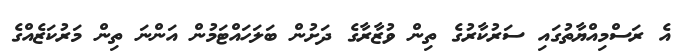
އެ ރަސްމިއްޔާތުގައި ސަރުކާރުގެ ތިން ވުޒާރާގެ ދަށުން ބަލަހައްޓަމުން އަންނަ ތިން މަރުކަޒެއްގެ